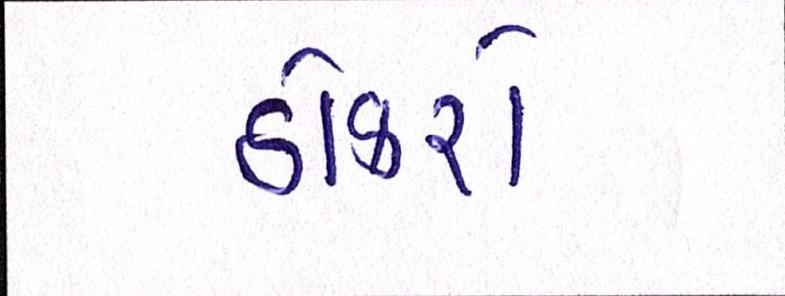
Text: ઠોકરો